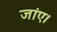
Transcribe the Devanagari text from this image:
जांए।